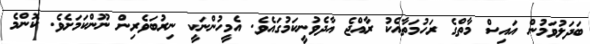
ބަދަލުވަމުން އައިސް މާތްގެ ރަހުމަތާއެކު ރާއްޖެ އާދެވުނީކަމުގައެވެ. އެމީހުންނަކީ ނިރުބަވެރިން ނޫންކަމަށެވެ. ކޮންމެ